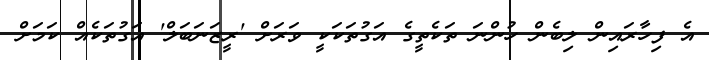
އެ ފިހާރައިން ލިބެން ހުންނަ ތަކެތީގެ އަގުތަކަކީ ވަރަށް 'ރީޒަނަބަލް' އަގުތަކެއް ކަމަށް